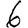
Digit: 6